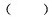
()